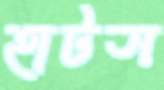
হাটস